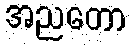
အညတော